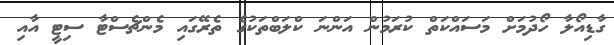
ގާޑިއޯލާ ހޯދުމަށް މަސައްކަތް ކުރަމުން އަންނަ ކްލަބްތަކުގެ ތެރޭގައި މެންޗެސްޓާ ސިޓީ އާއި